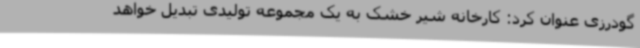
گودرزی عنوان کرد: کارخانه شیر خشک به یک مجموعه تولیدی تبدیل خواهد